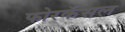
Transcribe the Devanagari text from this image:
फोरकॅसल